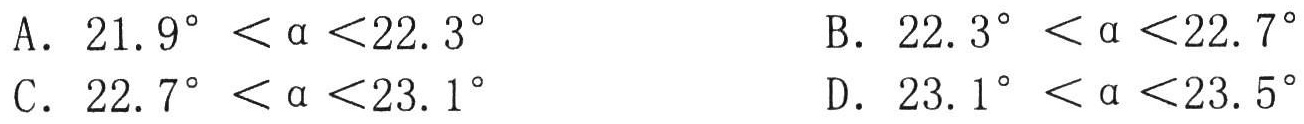
A. \(21.9^{\circ}<\alpha<22.3^{\circ}\) \quad B. \(22.3^{\circ}<\alpha<22.7^{\circ}\)
C. \(22.7^{\circ}<\alpha<23.1^{\circ}\) \quad D. \(23.1^{\circ}<\alpha<23.5^{\circ}\)